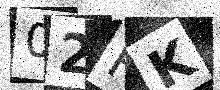
Text: 02RK